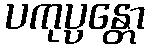
ပကုပ္ပန္တော